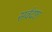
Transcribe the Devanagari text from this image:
सर्वद्रष्टा